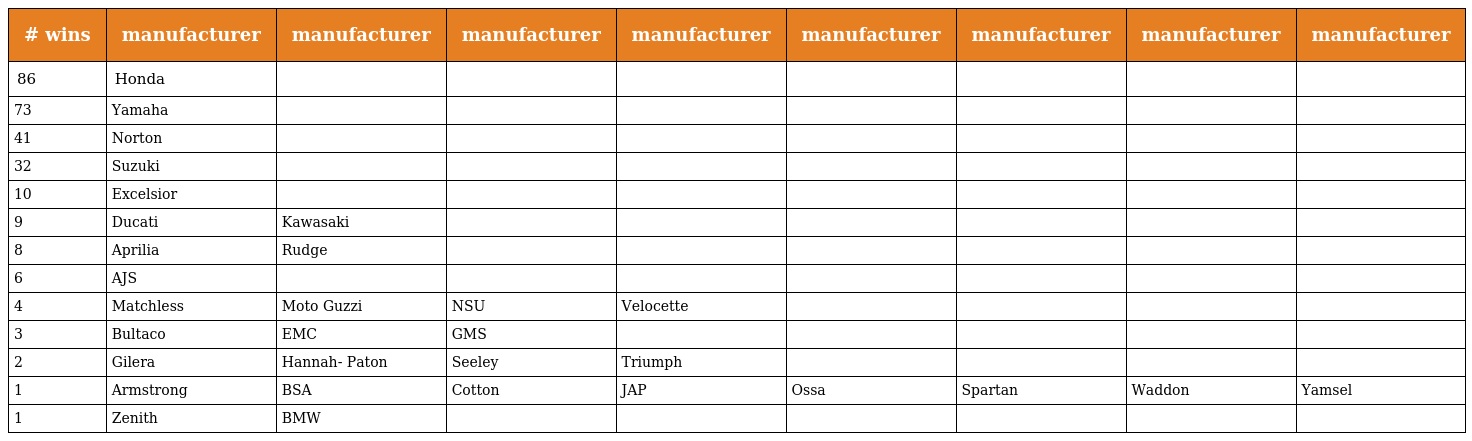
| # wins | manufacturer | manufacturer | manufacturer | manufacturer | manufacturer | manufacturer | manufacturer | manufacturer |
 | --- | --- | --- | --- | --- | --- | --- | --- | --- |
 | 86 | Honda |  |  |  |  |  |  |  |
 | 73 | Yamaha |  |  |  |  |  |  |  |
 | 41 | Norton |  |  |  |  |  |  |  |
 | 32 | Suzuki |  |  |  |  |  |  |  |
 | 10 | Excelsior |  |  |  |  |  |  |  |
 | 9 | Ducati | Kawasaki |  |  |  |  |  |  |
 | 8 | Aprilia | Rudge |  |  |  |  |  |  |
 | 6 | AJS |  |  |  |  |  |  |  |
 | 4 | Matchless | Moto Guzzi | NSU | Velocette |  |  |  |  |
 | 3 | Bultaco | EMC | GMS |  |  |  |  |  |
 | 2 | Gilera | Hannah- Paton | Seeley | Triumph |  |  |  |  |
 | 1 | Armstrong | BSA | Cotton | JAP | Ossa | Spartan | Waddon | Yamsel |
 | 1 | Zenith | BMW |  |  |  |  |  |  |